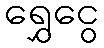
ရွှေငွေ